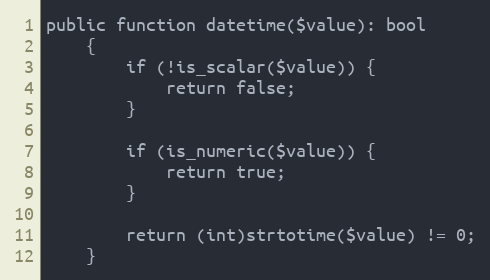
Language: PHP
public function datetime($value): bool
    {
        if (!is_scalar($value)) {
            return false;
        }

        if (is_numeric($value)) {
            return true;
        }

        return (int)strtotime($value) != 0;
    }